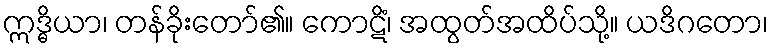
ဣဒ္ဓိယာ၊ တန်ခိုးတော်၏။ ကောဋိံ၊ အထွတ်အထိပ်သို့။ ယဒိဂတော၊